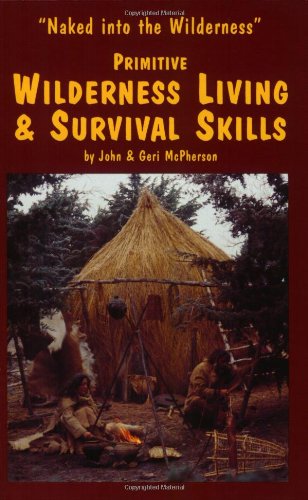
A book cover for Primitive Wilderness Living & Survival Skills: Naked into the Wilderness; John McPherson; Cookbooks, Food & Wine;